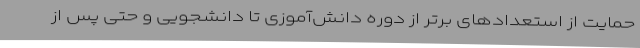
حمایت از استعدادهای برتر از دوره دانش‌آموزی تا دانشجویی و حتی پس از